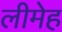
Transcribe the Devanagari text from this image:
लीमेह